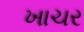
ખાચર